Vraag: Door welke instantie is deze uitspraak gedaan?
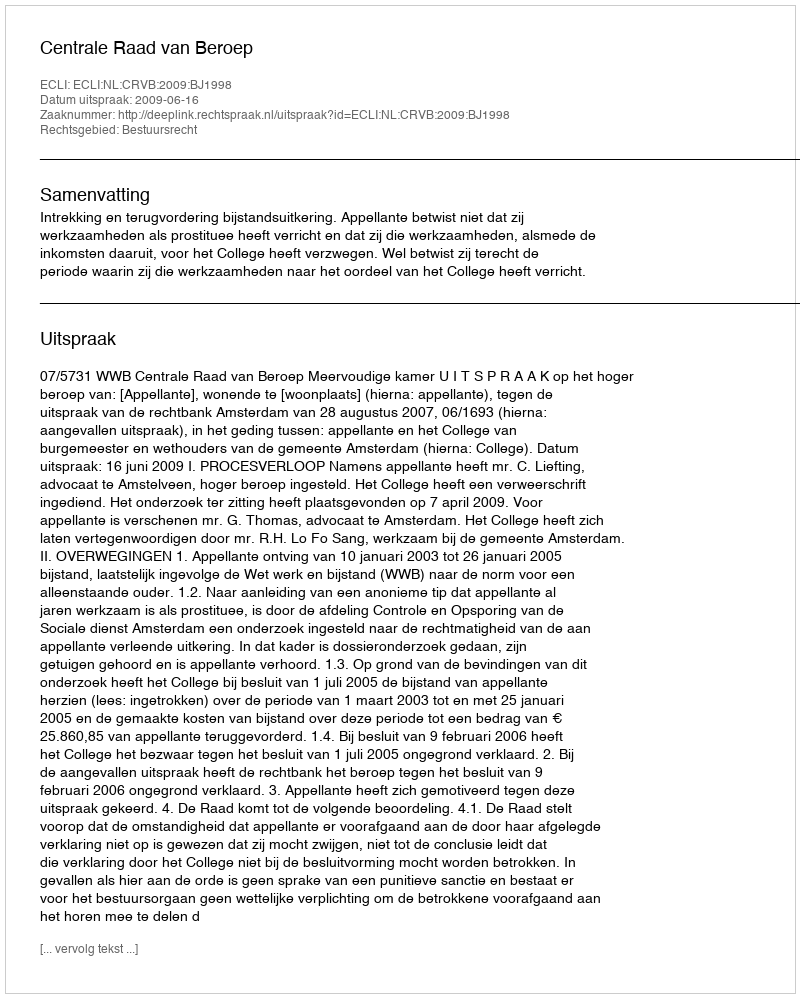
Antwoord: Centrale Raad van Beroep